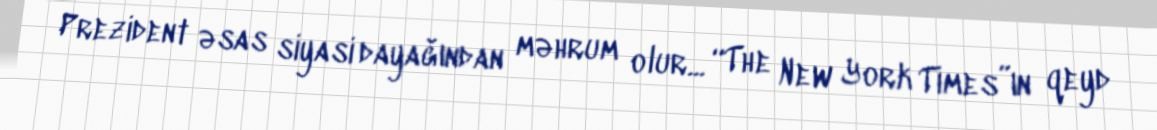
Prezident əsas siyasi dayağından məhrum olur... “The New York Times”ın qeyd